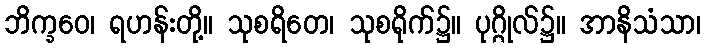
ဘိက္ခဝေ၊ ရဟန်းတို့။ သုစရိတေ၊ သုစရိုက်၌။ ပုဂ္ဂိုလ်၌။ အာနိသံသာ၊